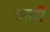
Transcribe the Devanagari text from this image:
डसटी